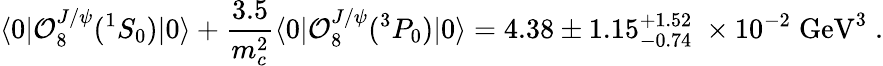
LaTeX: \langle 0|{\cal O}_{8}^{J/\psi}(^{1}S_{0})|0\rangle+{\frac{3.5}{m_{c}^{2}}}\langle 0|{\cal O}_{8}^{J/\psi}(^{3}P_{0})|0\rangle=4.38\pm 1.15_{-0.74}^{+1.52}\; \times 10^{-2}\; \mathrm{GeV}^{3}\; .